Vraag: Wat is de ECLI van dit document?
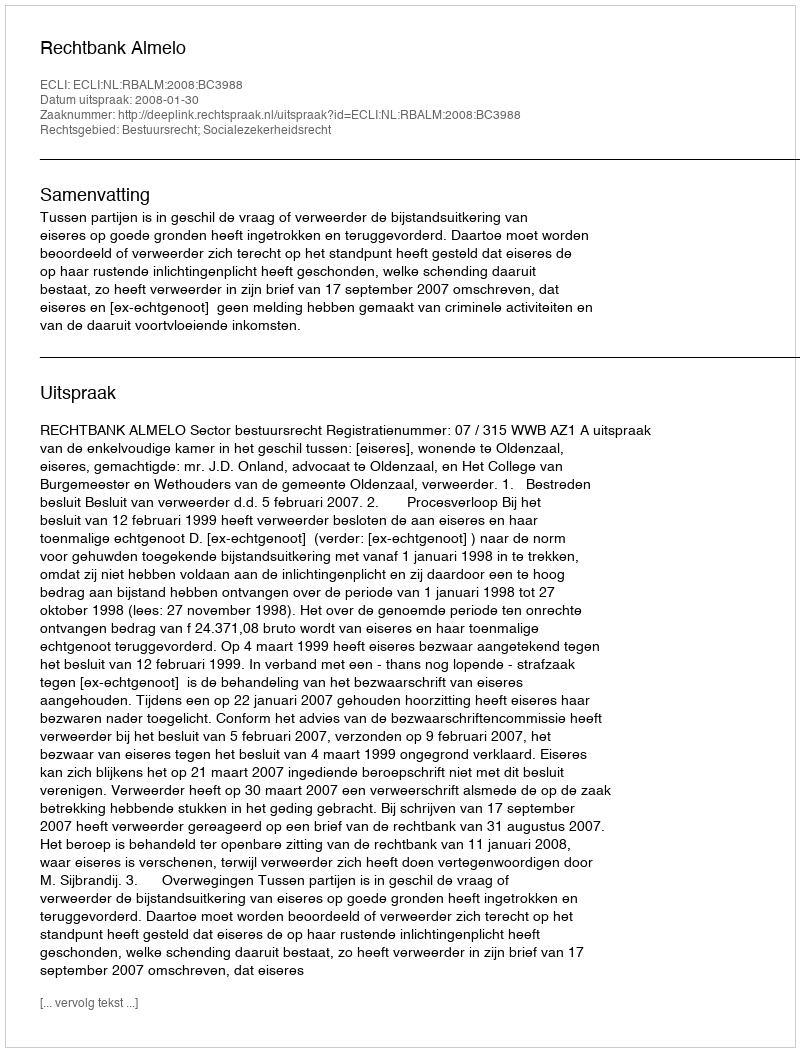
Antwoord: ECLI:NL:RBALM:2008:BC3988